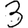
Digit: 3